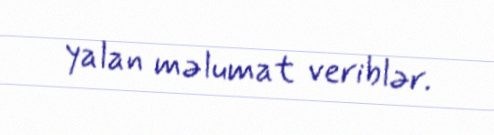
yalan məlumat veriblər.